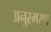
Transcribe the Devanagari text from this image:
अनुस्मरण